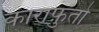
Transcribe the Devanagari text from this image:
काराफ़ुतो